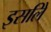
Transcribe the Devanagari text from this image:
इसलिे